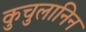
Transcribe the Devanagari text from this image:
कुचुलानिन